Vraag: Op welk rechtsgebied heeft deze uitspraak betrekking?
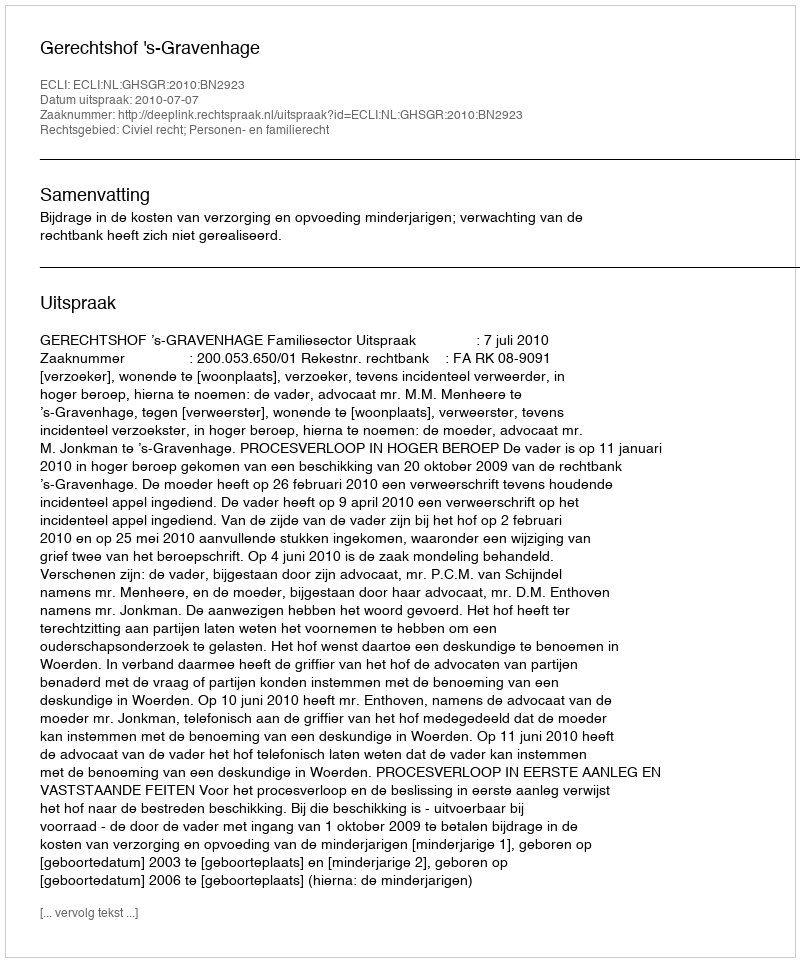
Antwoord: Civiel recht; Personen- en familierecht